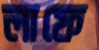
লাফে